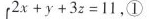
例3解方程组:|\left\{ \begin{matrix} 2x+y+3z=11, \textcircled 1 \\ 3x+2y-2z=11, \textcircled 2 \\ 4x-3y-2z=4. \textcircled 3 \\ \end{matrix} \right.